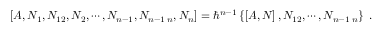
\left[ A , N _ { 1 } , N _ { 1 2 } , N _ { 2 } , \cdots , N _ { n - 1 } , N _ { n - 1 \; n } , N _ { n } \right] = \hbar ^ { n - 1 } \left\{ \left[ A , N \right] , N _ { 1 2 } , \cdots , N _ { n - 1 \; n } \right\} \; .